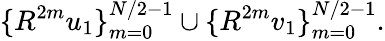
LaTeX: \{ R^{2m}u_{1}\} _{m=0}^{N/2-1}\cup\{ R^{2m}v_{1}\} _{m=0}^{N/2-1}.